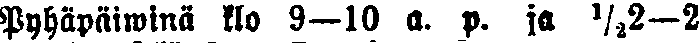
Pyhäpäiwinä klo 9—10 a. p. ja ½2—2